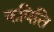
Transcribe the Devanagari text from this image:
कविति